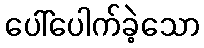
ပေါ်ပေါက်ခဲ့သော